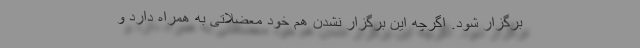
برگزار شود. اگرچه این برگزار نشدن هم خود معضلاتی به همراه دارد و